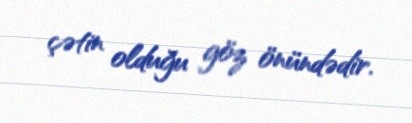
çətin olduğu göz önündədir.